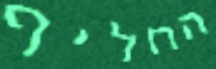
החליף